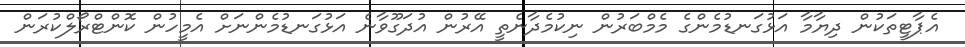
އެޕާޓީތަކުން ދިޔާމާ އަޅުގަނޑުމެންގެ މެމްބަރުން ނިކުމެދާނެތީ އޭރުން އުދަގޫވާނެ އަޅުގަނޑުމެންނަށް އެމީހުން ކޮންޓްރޯލްކުރަން